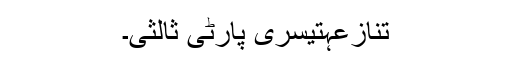
تنازعہتیسری پارٹی ثالثی۔